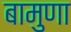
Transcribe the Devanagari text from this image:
बामुणा